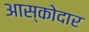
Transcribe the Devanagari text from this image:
आस्कोदार